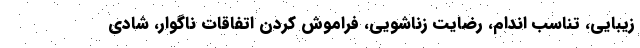
زیبایی، تناسب اندام، رضایت زناشویی، فراموش کردن اتفاقات ناگوار، شادی